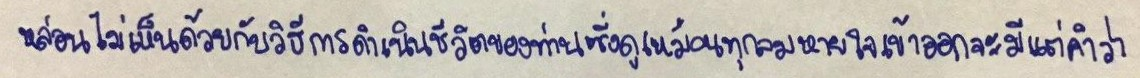
หล่อนไม่เห็นด้วยกับวิธีการดำเนินชีวิตของท่านซึ่งดูเหมือนทุกลมหายใจเข้าออกจะมีแต่คำว่า